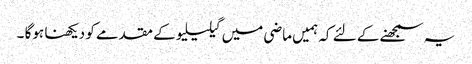
یہ سمجھنے کے لئے کہ ہمیں ماضی میں گیلیلیو کے مقدمے کو دیکھنا ہوگا ۔